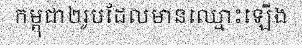
កម្ពុជា២រូបដែលមានឈ្មោះឡើង